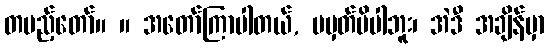
တပည့်တော်။ ။ အတော်ကြာပါတယ်, မမှတ်မိပါဘူး၊ အဲဒီ အချိန်မှာ